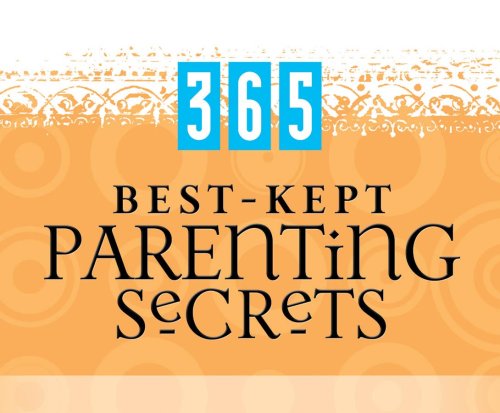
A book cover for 365 Best-kept Parenting Secrets: (365 Days Perpetual Calendars); Barbour Publishing; Calendars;